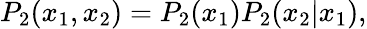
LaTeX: P_{2}(x_{1},x_{2})=P_{2}(x_{1})P_{2}(x_{2}\vert x_{1}),